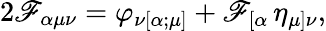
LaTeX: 2\mathscr{F}_{\alpha\mu\nu}=\varphi_{\nu[\alpha;\mu]}+\mathscr{F}_{[\alpha}\, \eta_{\mu]\nu},